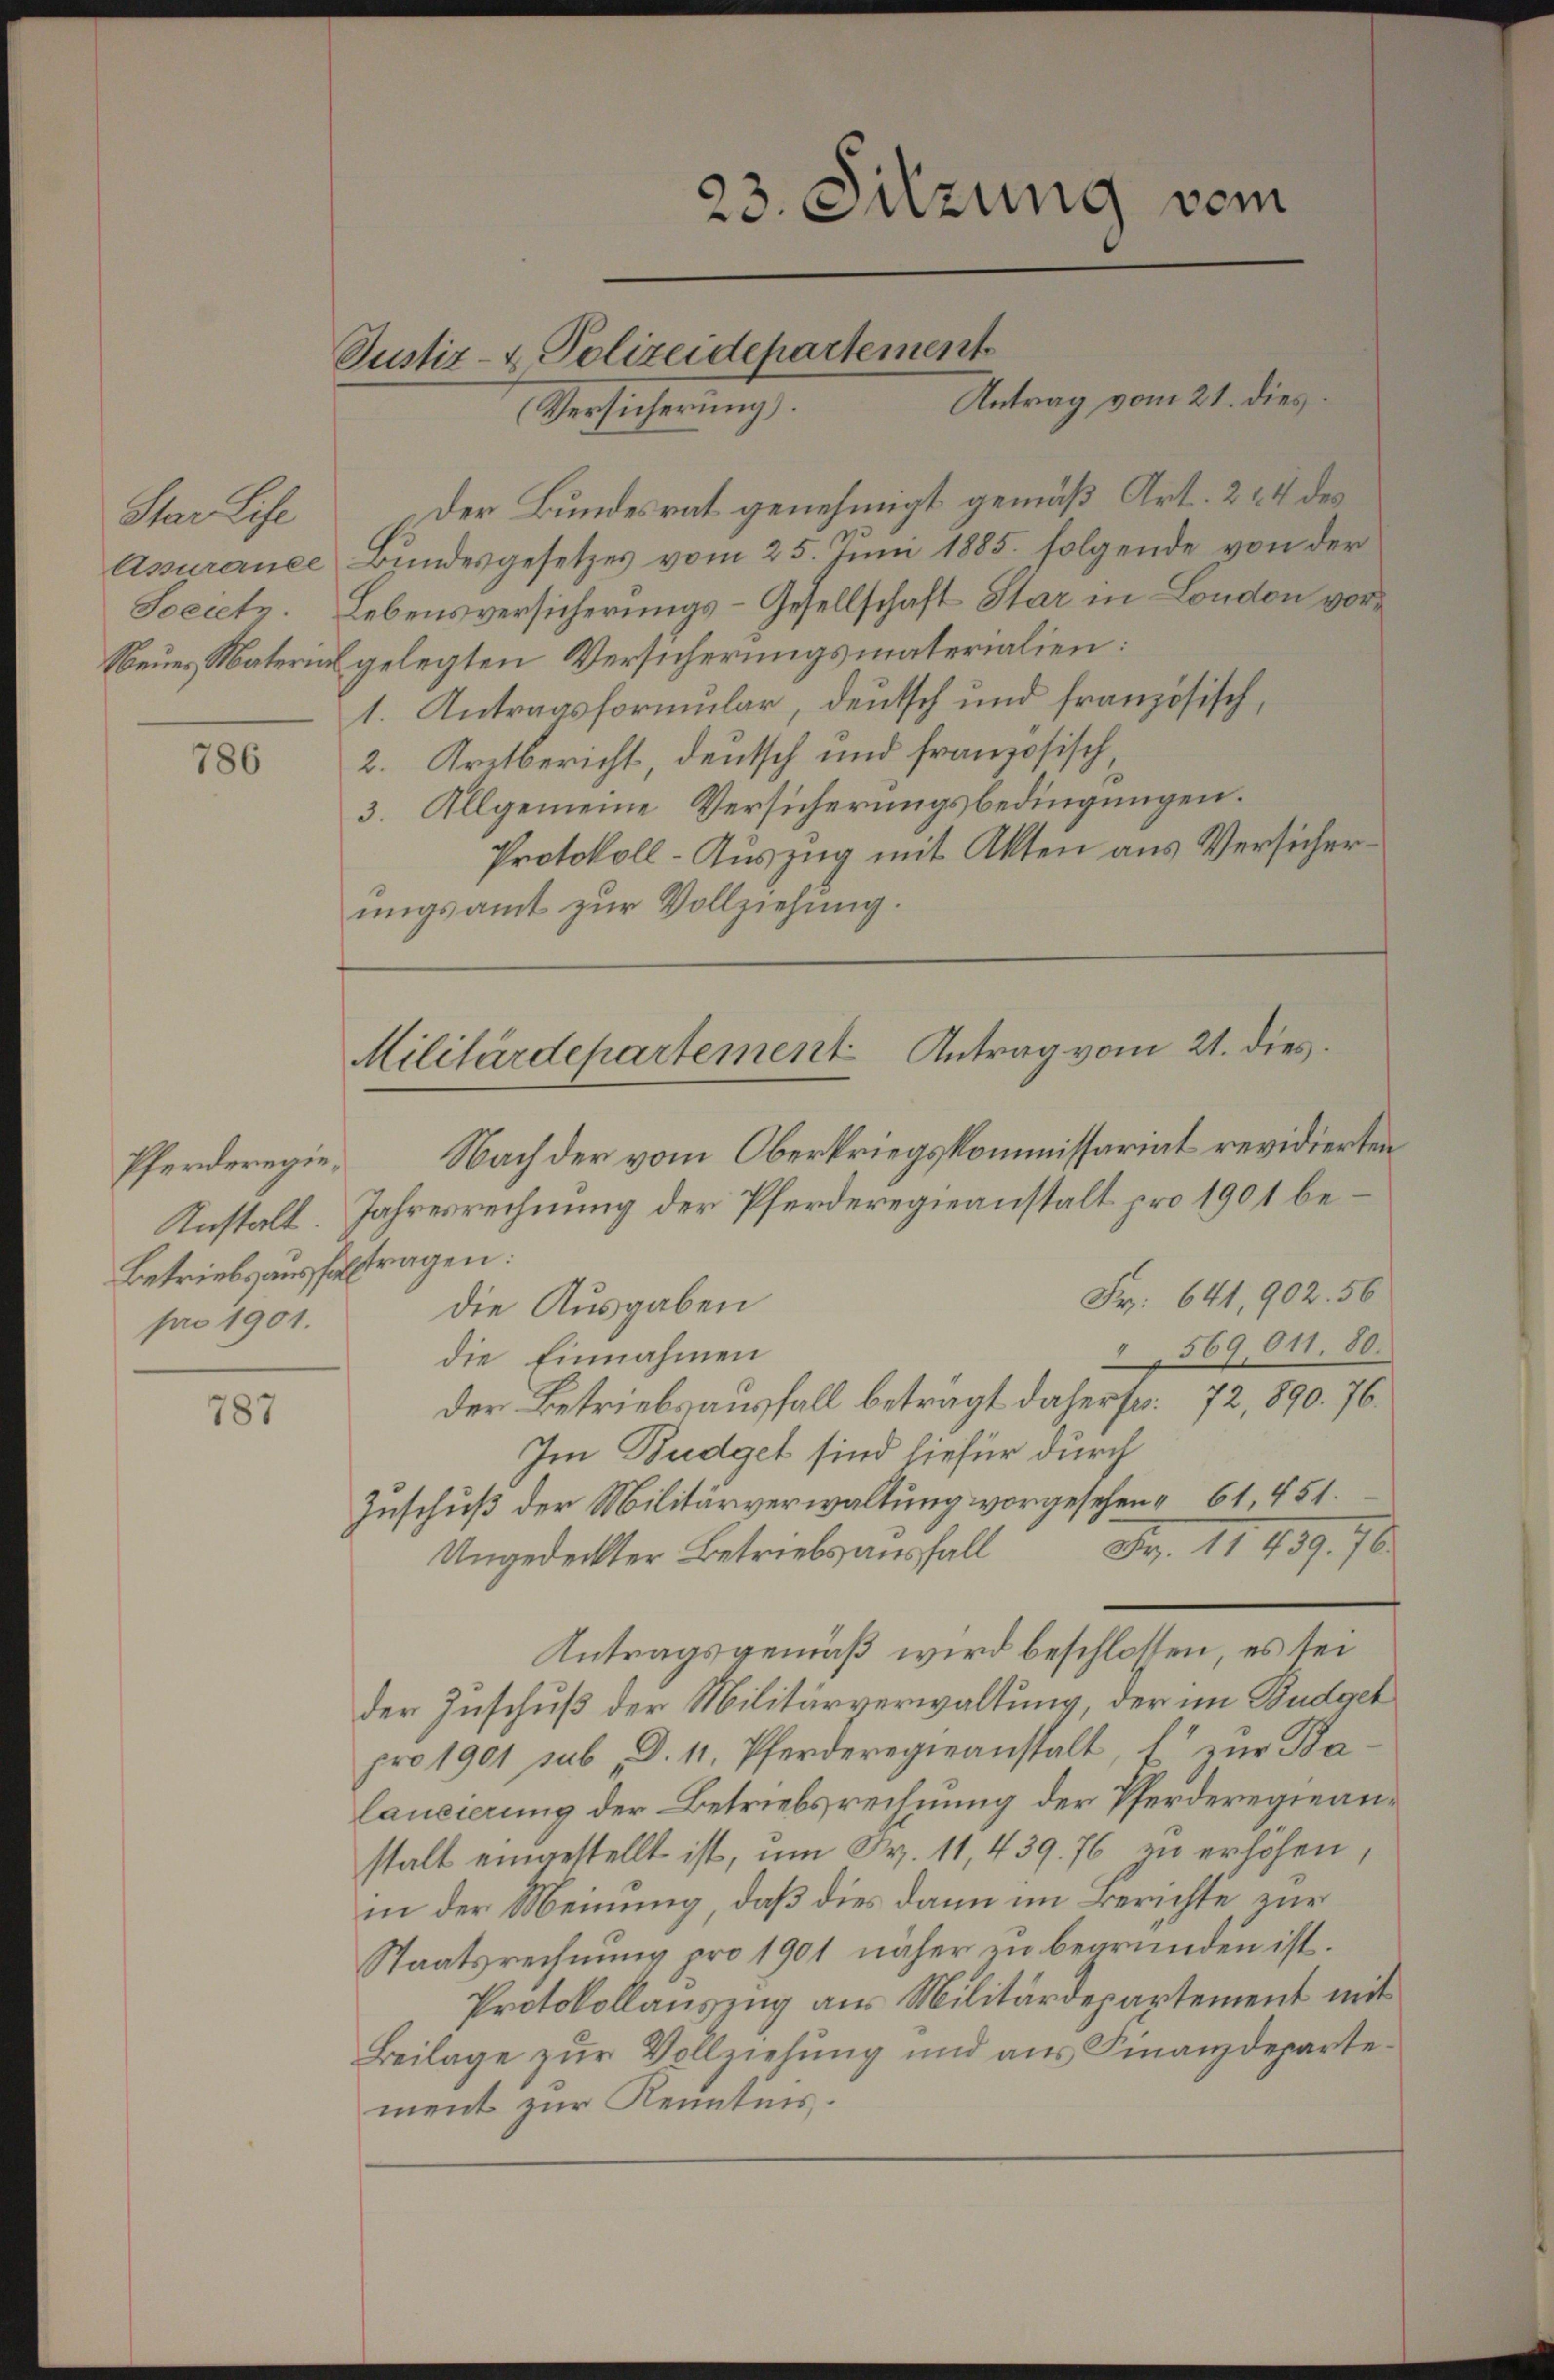
Star Lise
Assurance
Societz.

786

Betriebsausstragen.
pro 1901.

787

Justiz- & Polizeidepartement
(Versicherung).

23. Sitzung vom

Antrag vom 21. dies

Der Bundesrat genehmigt gemäß Art. 2 & 4 des
Bundesgesetzes vom 25. Juni 1885. folgende von der
Lebensversicherungs-Gesellschaft Star in London vor¬
Neues Material gelegten Versicherungsmaterialien:
1. Antragsformular, deutsch und französisch,
2. Kretbericht, deutsch und französisch,
3. Allgemeine Versicherungsbedingungen.
Protokoll-Auszug mit Akten aus Versicherungsamt zur Vollziehung.

Militärdepartement Antrag vom 21. dies

Pferderegien Nach der vom Oberkriegskommissariat revidierten
Instalt. Jahresrechnung der Pferderegieanstalt pro 1901 be¬
Fr. 641, 902. 56
die Ausgaben
2569,011. 80.
die Einnahmen
Der Betriebsausfall betragt daher fr. 72, 890. 76.
Im Budget sind hiefür durch
Zuschuß der Militärverwaltung vorgesehen, 61, 451.
Ungedeckter Betriebsausfall Fr. 11 459. 76
Antragsgemäß wird beschlossen, es sei
der Zuschuß der Militärverwaltung, der im Budget
pro 1901 sub. D. 11. Pferderegieanstalt, f zur Ba
lancierung der Betriebsrechnung der Pferderegieanstalt eingestellt ist, um Fr. 11, 439. 76 zu erhöhen,
in der Meinung, daß dies dann im Berichte, zur
Staatsrechnung pro 1901 näher zu begründen ist.
Protokollaŭszŭg ans Militärdepartement mit
Beilage zur Vollziehung und aus Finanzdepartement zur Kenntnis.